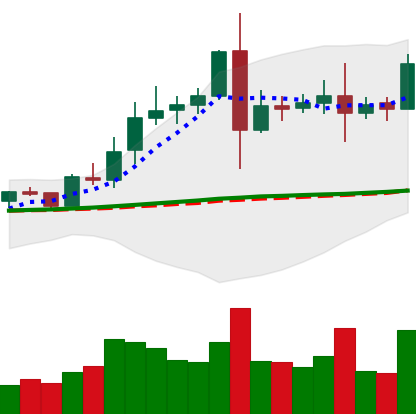
Ticker: EOS-USD
Chart end date: 2020-08-10
Forward return: 15.316%
Label: up_7plus